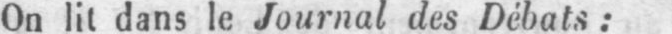
On lit dans le Journal des Débats: